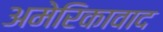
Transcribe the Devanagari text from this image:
अमेरिकावाद